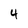
Character: 4